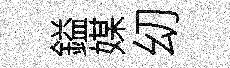
鎰媒㓜